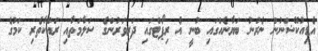
އެޑިއުކޭޝަނުން ނެރުނު ބަޔާނެއްގައި ބުނީ އެ ރިޕޯޓްގައި ދަރިވަރުންގެ ސަލާމަތާއި ރައްކާތެރި ކަމުގެ